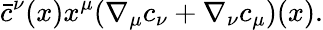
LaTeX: \bar{c}^{\nu}(x)x^{\mu}(\nabla_{\mu}c_{\nu}+\nabla_{\nu}c_{\mu})(x).